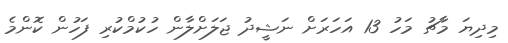
މިދިޔަ މާޗު މަހު 13 އަހަރަށް ނަޝީދު ޖަލަށްލާން ހުކުމްކުރި ފަހުން ކޮންމެ